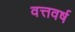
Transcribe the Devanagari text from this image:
वत्तवर्ष